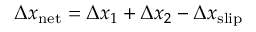
\Delta x _ { \mathrm { n e t } } = \Delta x _ { 1 } + \Delta x _ { 2 } - \Delta x _ { \mathrm { s l i p } }